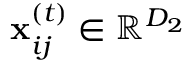
\mathbf { x } _ { i j } ^ { ( t ) } \in \mathbb { R } ^ { D _ { 2 } }